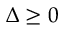
\Delta \geq 0